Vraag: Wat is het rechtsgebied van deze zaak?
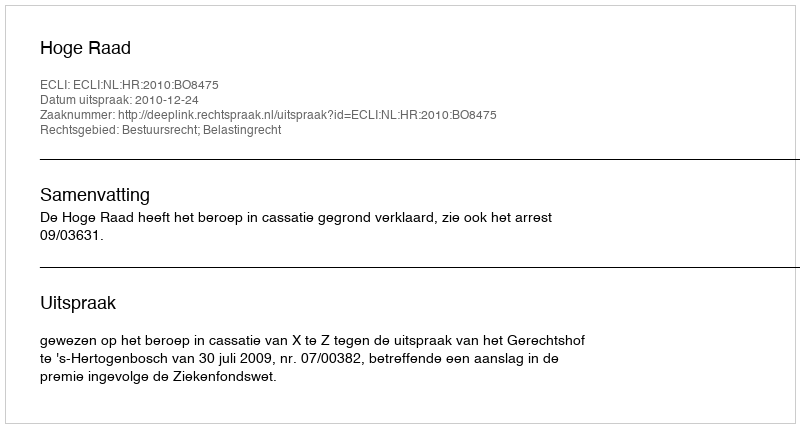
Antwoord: Bestuursrecht; Belastingrecht